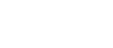
ဝါသေဋ္ဌော